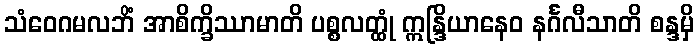
သံဝေဂမလဘိံ အာစိက္ခိဿာမာတိ ပစ္စလတ္ထုံ ဣန္ဒြိယာနေဝ နင်္ဂလီသာတိ စန္ဒမှိ